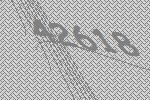
42618